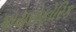
પાયરોફોરિક